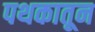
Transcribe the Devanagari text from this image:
पथकातून